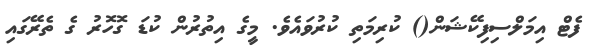
ފެޓް އިމަލްސިފިކޭޝަން() ކުރިމަތި ކުރުވައެވެ. މީގެ އިތުރުން ކުޑަ ގޮހޮރު ގެ ތެރޭގައި